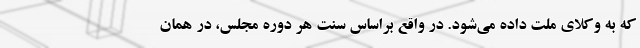
که به وکلای ملت داده می‌شود. در واقع براساس سنت هر دوره مجلس، در همان